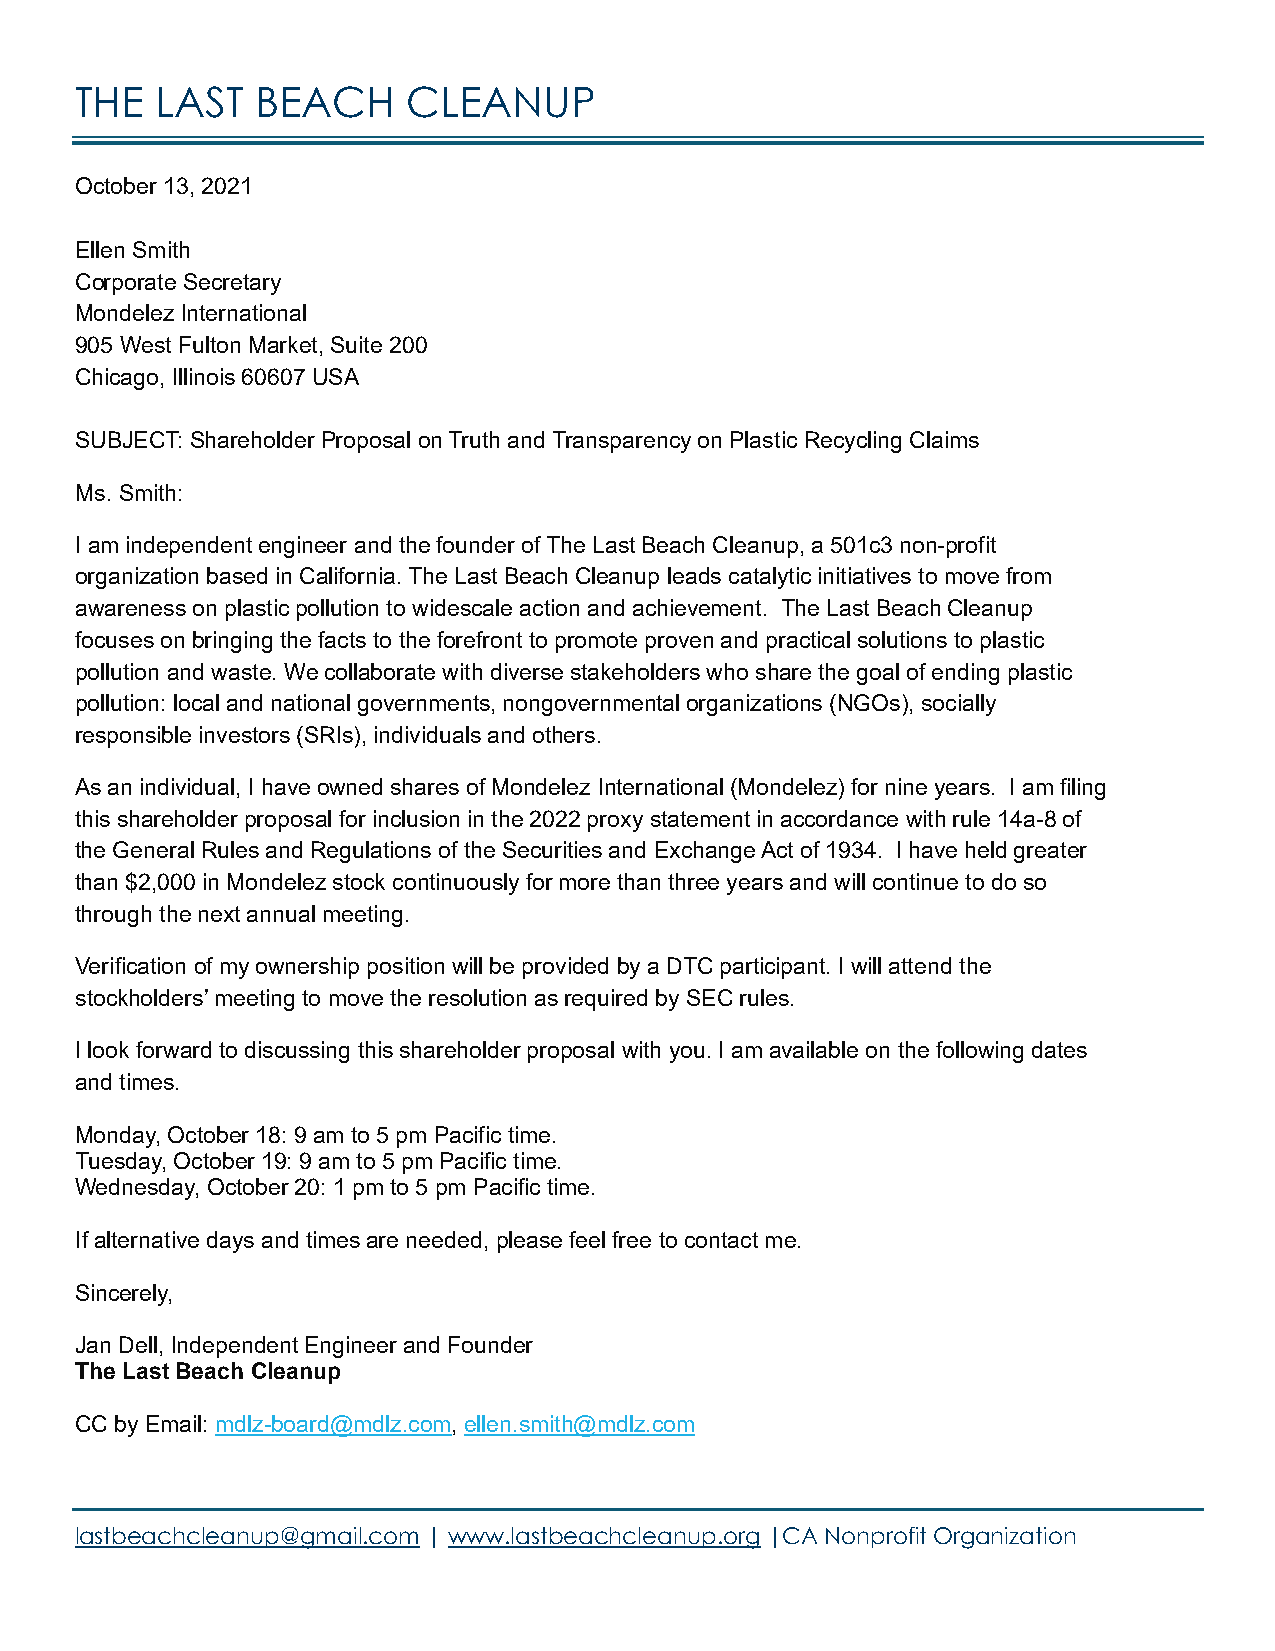
THE  LAST   BEACH     CLEANUP
 October 13, 2021
 Ellen Smith
 Corporate Secretary
 Mondelez International
 905 West Fulton Market, Suite 200
 Chicago, Illinois 60607 USA
 SUBJECT: Shareholder Proposal on Truth and Transparency on Plastic Recycling Claims
 Ms. Smith:
 I am independent engineer and the founder of The Last Beach Cleanup, a 501c3 non-profit
 organization based in California. The Last Beach Cleanup leads catalytic initiatives to move from
 awareness on plastic pollution to widescale action and achievement. The Last Beach Cleanup
 focuses on bringing the facts to the forefront to promote proven and practical solutions to plastic
 pollution and waste. We collaborate with diverse stakeholders who share the goal of ending plastic
 pollution: local and national governments, nongovernmental organizations (NGOs), socially
 responsible investors (SRIs), individuals and others.
 As an individual, I have owned shares of Mondelez International (Mondelez) for nine years. I am filing
 this shareholder proposal for inclusion in the 2022 proxy statement in accordance with rule 14a-8 of
 the General Rules and Regulations of the Securities and Exchange Act of 1934. I have held greater
 than $2,000 in Mondelez stock continuously for more than three years and will continue to do so
 through the next annual meeting.
 Verification of my ownership position will be provided by a DTC participant. I will attend the
 stockholders’ meeting to move the resolution as required by SEC rules.
 I look forward to discussing this shareholder proposal with you. I am available on the following dates
 and times.
 Monday, October 18: 9 am to 5 pm Pacific time.
 Tuesday, October 19: 9 am to 5 pm Pacific time.
 Wednesday, October 20: 1 pm to 5 pm Pacific time.
 If alternative days and times are needed, please feel free to contact me.
 Sincerely,
 Jan Dell, Independent Engineer and Founder
 The Last Beach Cleanup
 CC by Email: mdlz-board@mdlz.com, ellen.smith@mdlz.com
 lastbeachcleanup@gmail.com | www.lastbeachcleanup.org |CA Nonprofit Organization